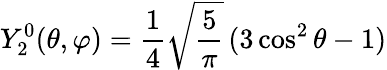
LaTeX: Y_{2}^{0}(\theta,\varphi)={\frac{1}{4}}{\sqrt{\frac{5}{\pi}}}\, (3\cos^{2}\theta-1)